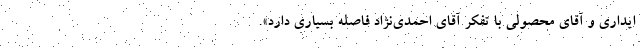
ایداری و آقای محصولی با تفکر آقای احمدی‌نژاد فاصله بسیاری دارد».